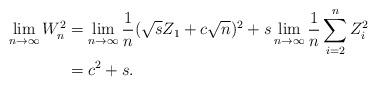
LaTeX: \begin{align*}\lim_{n \to \infty} W_n^2&= \lim_{n \to \infty} \frac{1}{n} ( \sqrt{s} Z_1+c\sqrt{n})^2 + s \lim_{n \to \infty} \frac{1}{n} \sum_{i=2}^nZ_i^2\\ &= c^2+ s.\end{align*}